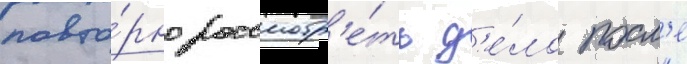
повто́рно рассмотр'е́ть д'е́ло посл'е